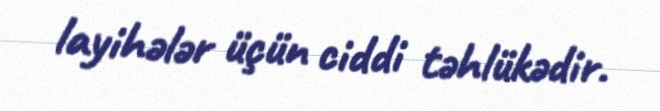
layihələr üçün ciddi təhlükədir.